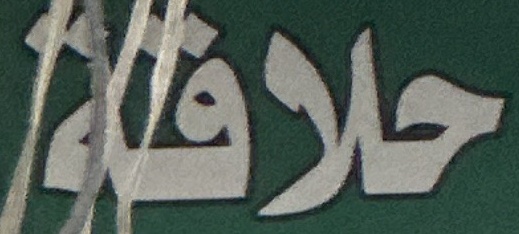
حلاقة